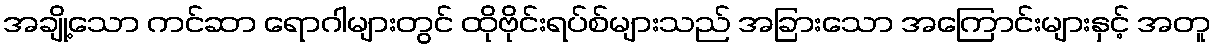
အချို့သော ကင်ဆာ ရောဂါများတွင် ထိုဗိုင်းရပ်စ်များသည် အခြားသော အကြောင်းများနှင့် အတူ